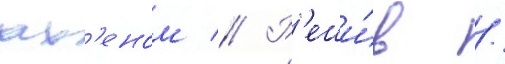
ах'еном // Р'еши́в /